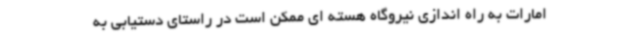
امارات به راه اندازی نیروگاه هسته ای ممکن است در راستای دستیابی به